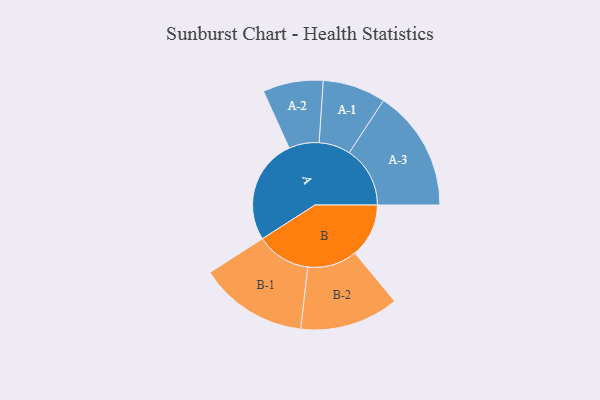
{"axis": {"x": "Segment", "y": "Value"}, "legend": ["", "A", "B"], "data": [{"x": "A", "y": 457, "type": ""}, {"x": "B", "y": 234, "type": ""}, {"x": "A-1", "y": 137, "type": "A"}, {"x": "A-2", "y": 131, "type": "A"}, {"x": "A-3", "y": 264, "type": "A"}, {"x": "B-1", "y": 236, "type": "B"}, {"x": "B-2", "y": 215, "type": "B"}]}